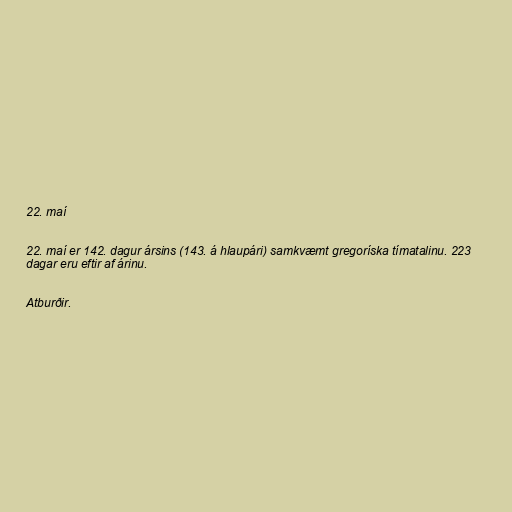
22. maí

22. maí er 142. dagur ársins (143. á hlaupári) samkvæmt gregoríska tímatalinu. 223
dagar eru eftir af árinu.

Atburðir.